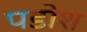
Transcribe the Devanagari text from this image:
पडोश